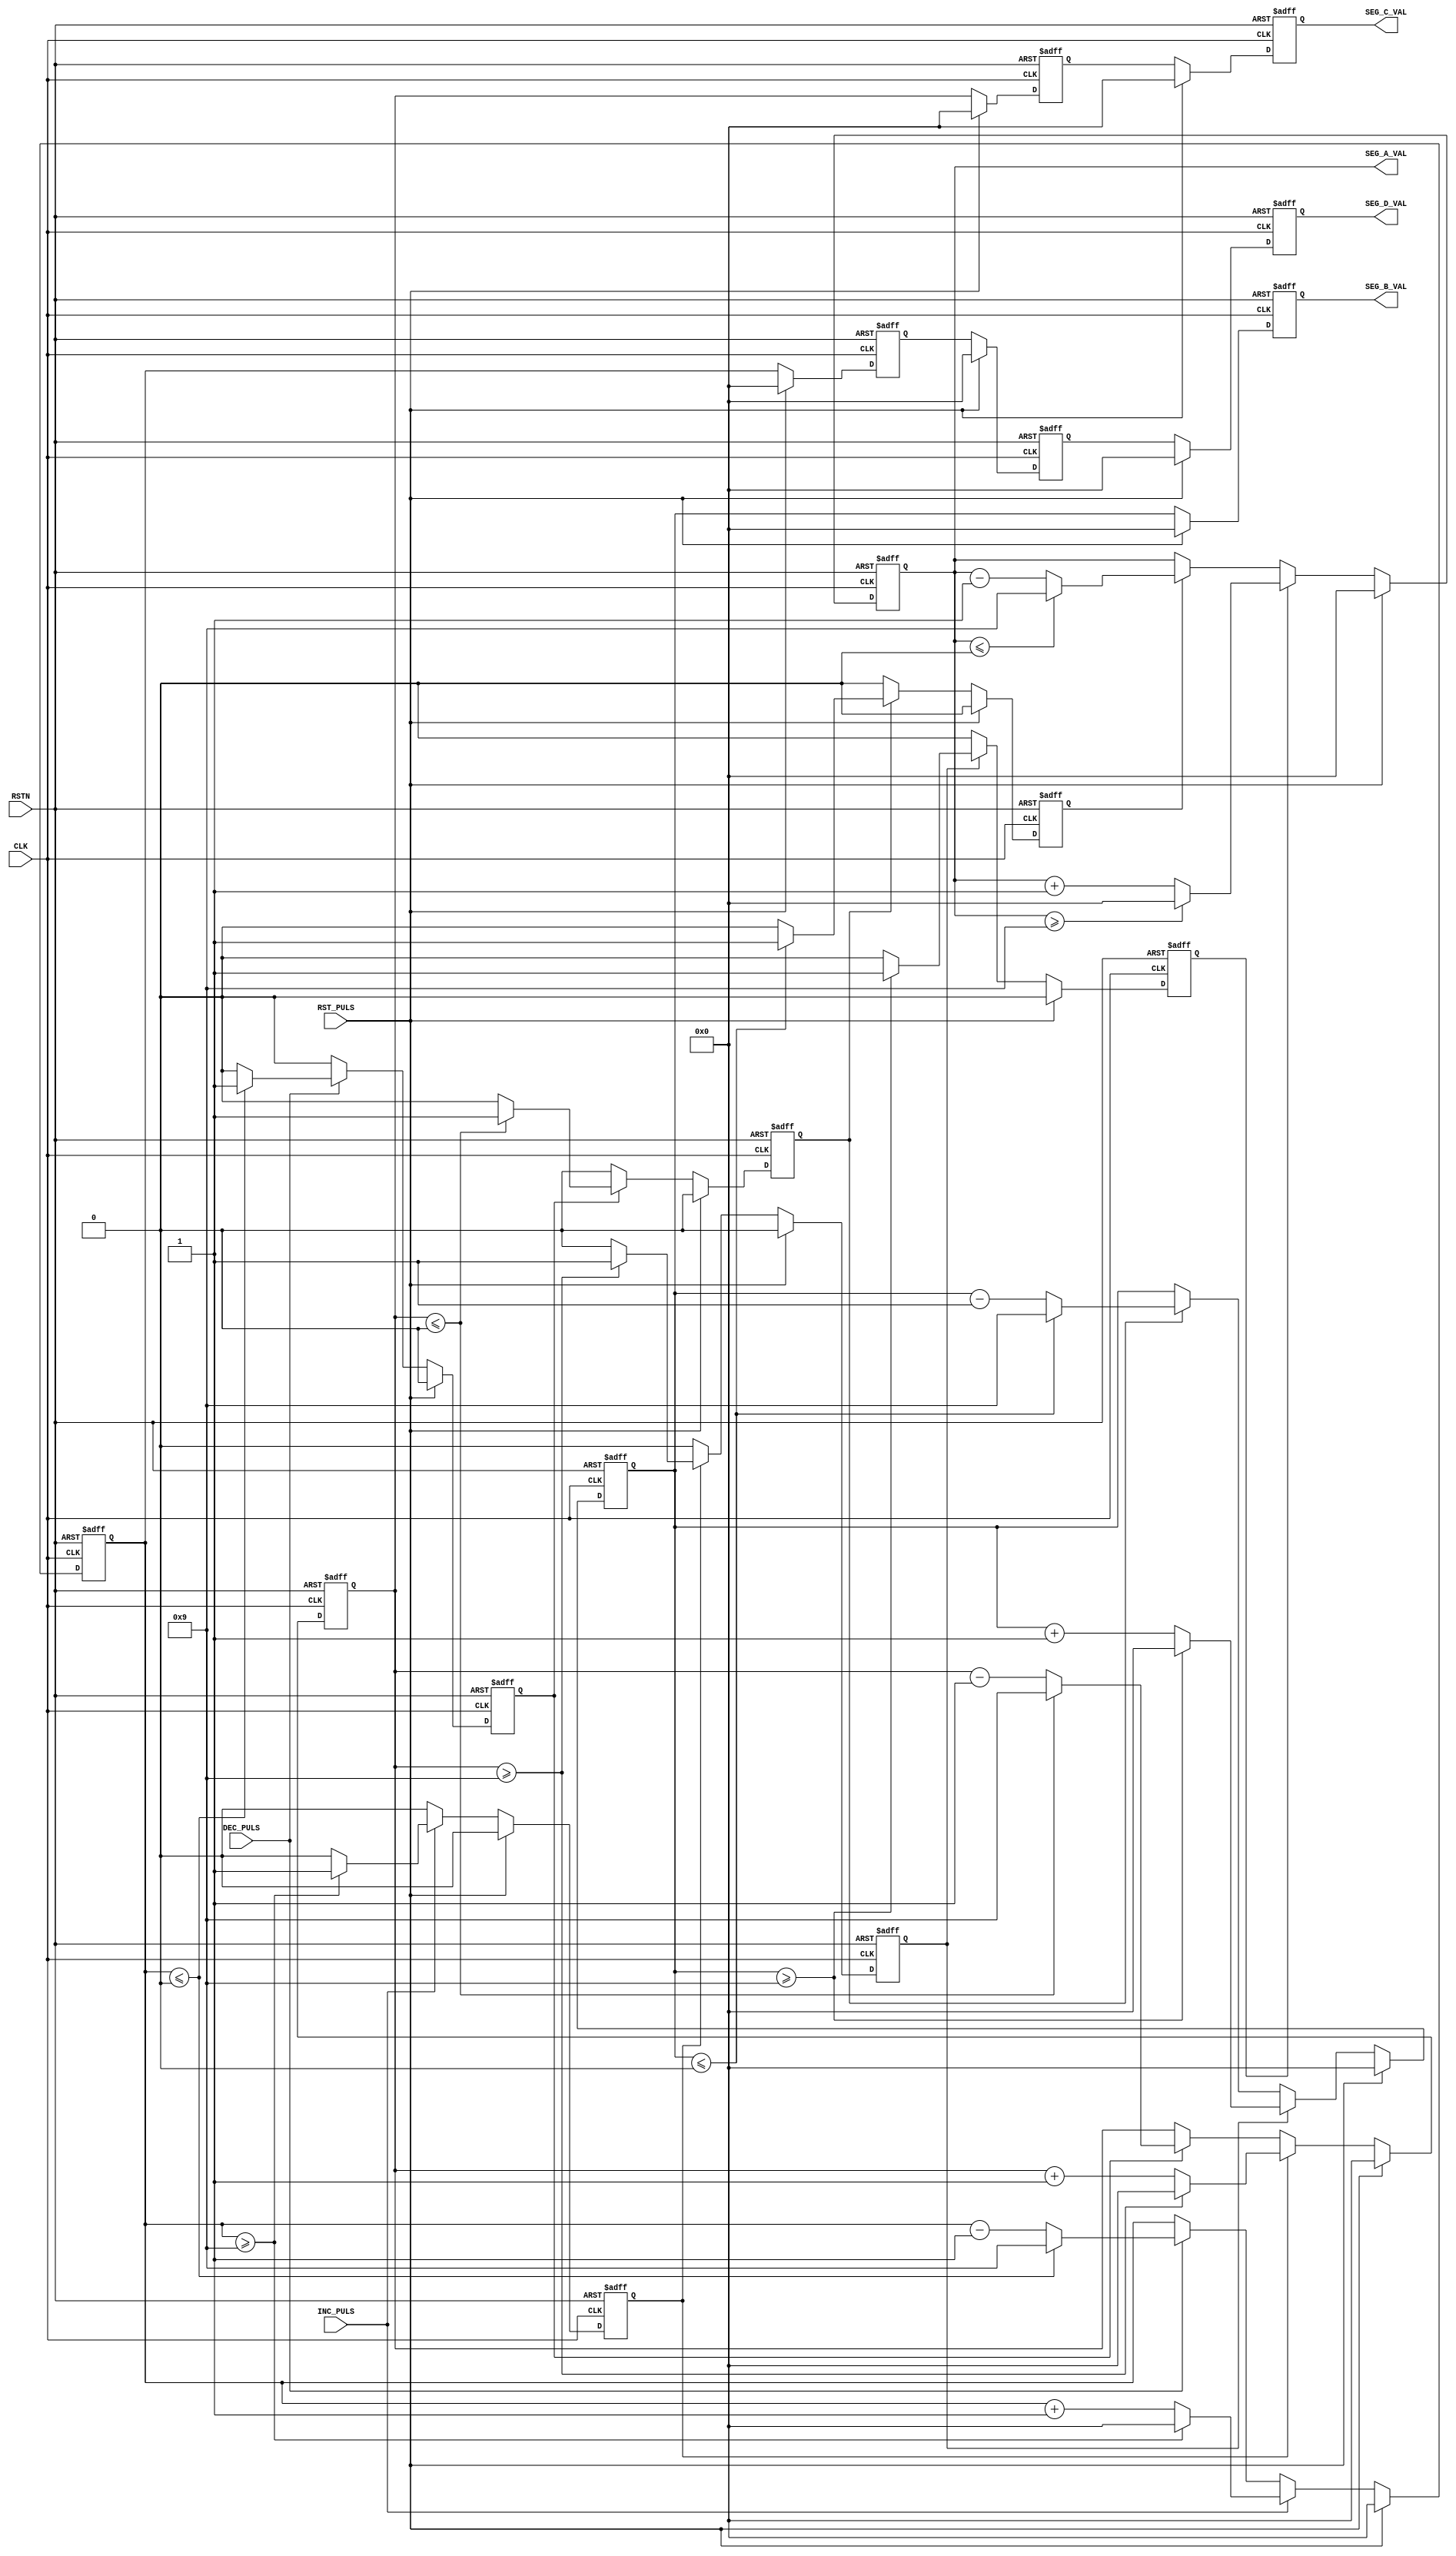
/*------------------------------------------------------------------------------
--      File Name = watch_body.v                                              --
--                                                                            --
--      Design    = StopWatch Main Block                                      --
--                                                                            --
--      Revision  = 1.0         Date: 2012.03.22                              --
------------------------------------------------------------------------------*/   

module watch_body (
  	//input
  	CLK,
  	RSTN,
  	RST_PULS,
	INC_PULS,
	DEC_PULS,

  	//output
  	SEG_A_VAL,
	SEG_B_VAL,
	SEG_C_VAL,
	SEG_D_VAL
);

//--- input --------------------------------------------------------------------
input  CLK;			// Clock 20MHz
input  RSTN;			// System Reset
input  RST_PULS;		// Reset Signal
input  INC_PULS;		// Increment Signal
input  DEC_PULS;		// Decrement Signal

//--- output -------------------------------------------------------------------
output [3:0] SEG_A_VAL,SEG_B_VAL,SEG_C_VAL,SEG_D_VAL;	// 7seg out

//--- reg ----------------------------------------------------------------------
reg  [3:0] COUNT_A, COUNT_B, COUNT_C, COUNT_D;				// Count Register
reg  CARRY_A, CARRY_B, CARRY_C;								// Carry Up Signal
reg  DOWN_A,  DOWN_B,  DOWN_C;								// Carry Down Signal

reg  [3:0] COUNT_A_1D, COUNT_A_2D,COUNT_A_3D;				// Delay Adjustment COUNT_A
reg  [3:0] COUNT_B_1D, COUNT_B_2D;							// Delay Adjustment COUNT_B
reg  [3:0] COUNT_C_1D;										// Delay Adjustment COUNT_C

//****************************** Start of Module ******************************
//-------------------------------------
//  OUTPUT COUNT_A
//-------------------------------------
	always@( posedge CLK or negedge RSTN) begin
  		if( !RSTN )begin
			COUNT_A <= 4'd0;
		end
		else if( RST_PULS == 1'b1 )begin
  			COUNT_A <= 4'd0;
		end

		else if( INC_PULS == 1'b1 )begin
			if( COUNT_A >= 4'd9 )begin
				COUNT_A <= 4'd0;
			end
			else begin
				COUNT_A <= COUNT_A + 4'd1;
			end
		end
		else if( DEC_PULS == 1'b1 )begin
			if( COUNT_A <= 4'd0 )begin
				COUNT_A <= 4'd9;
			end
			else begin
				COUNT_A <= COUNT_A - 4'd1;
			end
		end
		else begin
			COUNT_A <= COUNT_A;
		end
	end
 
//-------------------------------------
//  OUTPUT CARRY_A
//-------------------------------------
	always@( posedge CLK or negedge RSTN) begin
  		if( !RSTN )begin
			CARRY_A <= 1'b0;
		end
		else if( RST_PULS == 1'b1 )begin
  			CARRY_A <= 1'b0;
		end

		else if( INC_PULS == 1'b1 )begin
			if( COUNT_A >= 4'd9 )begin
				CARRY_A <= 1'b1;
			end
			else begin
				CARRY_A <= 1'b0;
			end
		end
		else begin
			CARRY_A <= 1'b0;
		end
	end

//-------------------------------------
//   OUTPUT DOWN_A
//-------------------------------------
	always@( posedge CLK or negedge RSTN) begin
  		if( !RSTN )begin
			DOWN_A <= 1'b0;
		end
		else if( RST_PULS == 1'b1 )begin
  			DOWN_A <= 1'b0;
		end

		else if( DEC_PULS == 1'b1 )begin
			if( COUNT_A <= 4'd0 )begin
				DOWN_A <= 1'b1;
			end
			else begin
				DOWN_A <= 1'b0;
			end
		end
		else begin
			DOWN_A <= 1'b0;
		end
	end	

//-------------------------------------
//   OUTPUT COUNT_B
//-------------------------------------
	always@( posedge CLK or negedge RSTN) begin
  		if( !RSTN )begin
			COUNT_B <= 4'd0;
		end
		else if( RST_PULS == 1'b1 )begin
			COUNT_B <= 4'd0;
		end

		else if( CARRY_A == 1'b1 )begin
			if( COUNT_B >= 4'd9 )begin
				COUNT_B <= 4'd0;
			end
			else begin
				COUNT_B <= COUNT_B + 4'd1;
			end
		end
		else if( DOWN_A == 1'b1 )begin
			if( COUNT_B <= 4'd0 )begin
				COUNT_B <= 4'd9;
			end
			else begin
				COUNT_B <= COUNT_B - 4'd1;
			end
		end
		else begin
			COUNT_B <= COUNT_B;
		end
	end

//-------------------------------------
//   OUTPUT CARRY_B
//-------------------------------------
	always@( posedge CLK or negedge RSTN) begin
  		if( !RSTN )begin
			CARRY_B <= 1'b0;
		end
		else if( RST_PULS == 1'b1 )begin
			CARRY_B <= 1'b0;
		end
		else if( CARRY_A == 1'b1)begin
			if( COUNT_B >= 4'd9 )begin
					CARRY_B <= 1'b1;
			end
			else begin
				CARRY_B <= 1'b0;
			end
		end
		else begin
			CARRY_B <= 1'b0;
		end
	end

//-------------------------------------
//   OUTPUT DOWN_B
//-------------------------------------
	always@( posedge CLK or negedge RSTN) begin
  		if( !RSTN )begin
			DOWN_B <= 1'b0;
		end
		else if( RST_PULS == 1'b1 )begin
			DOWN_B <= 1'b0;
		end
		
		else if( DOWN_A == 1'b1 )begin
			if( COUNT_B <= 4'd0 )begin
				DOWN_B <= 1'b1;
			end
			else begin
				DOWN_B <= 1'b0;
			end
		end
		else begin
			DOWN_B <= 1'b0;
		end
	end

//-------------------------------------
//   OUTPUT COUNT_C
//-------------------------------------
	always@( posedge CLK or negedge RSTN) begin
  		if( !RSTN )begin
			COUNT_C <= 1'b0;
		end
		else if( RST_PULS == 1'b1 )begin
			COUNT_C <= 4'd0;
		end

		else if( CARRY_B == 1'b1 )begin
			if( COUNT_C >= 4'd9 )begin
				COUNT_C <= 4'd0;
			end
			else begin
				COUNT_C <= COUNT_C + 4'd1;
			end
		end
		else if( DOWN_B == 1'b1 )begin
			if( COUNT_C <= 4'd0 )begin
				COUNT_C <= 4'd9;
			end
			else begin
				COUNT_C <= COUNT_C - 4'd1;
			end
		end
		else begin
			COUNT_C <= COUNT_C;
		end
	end

//-------------------------------------
//   OUTPUT CARRY_C
//-------------------------------------
	always@( posedge CLK or negedge RSTN) begin
  		if( !RSTN )begin
			CARRY_C <= 1'b0;
		end
		else if( RST_PULS == 1'b1 )begin
			CARRY_C <= 1'b0;
		end
		
		else if( CARRY_B == 1'b1)begin
			if( COUNT_C >= 4'd9 )begin
					CARRY_C <= 1'b1;
			end
			else begin
				CARRY_C <= 1'b0;
			end
		end
		else begin
			CARRY_C <= 1'b0;
		end
	end

//-------------------------------------
//   OUTPUT DOWN_C
//-------------------------------------
	always@( posedge CLK or negedge RSTN) begin
  		if( !RSTN )begin
			DOWN_C <= 1'b0;
		end
		else if( RST_PULS == 1'b1 )begin
			DOWN_C <= 1'b0;
		end	
		else if( DOWN_B == 1'b1 )begin
			if( COUNT_C <= 4'd0 )begin
				DOWN_C <= 1'b1;
			end
			else begin
				DOWN_C <= 1'b0;
			end
		end
		else begin
			DOWN_C <= 1'b0;
		end
	end
		
//-------------------------------------
//   OUTPUT COUNT_D
//-------------------------------------
	always@( posedge CLK or negedge RSTN) begin
 		if( !RSTN )begin
			COUNT_D <= 4'd0;
		end
		else if( RST_PULS == 1'b1 )begin
			COUNT_D <= 4'd0;
		end
		
		else if( CARRY_C == 1'b1 )begin
			if( COUNT_D >= 4'd9 )begin
				COUNT_D <= 4'd0;
			end
			else begin
				COUNT_D <= COUNT_D + 4'd1;
			end
		end
		else if( DOWN_C == 1'b1 )begin
			if( COUNT_D <= 1'b0 )begin
				COUNT_D <= 4'd9;
			end
			else begin
				COUNT_D <= COUNT_D - 4'd1;
			end
		end
		else begin
			COUNT_D <= COUNT_D;
		end
	end

//-------------------------------------
//   Delay Adjustment
//-------------------------------------
	always@( posedge CLK or negedge RSTN) begin
  		if( !RSTN )begin
			COUNT_A_1D <= 4'd0;
			COUNT_A_2D <= 4'd0;
			COUNT_A_3D <= 4'd0;
		end
		else if( RST_PULS == 1'b1 )begin
			COUNT_A_1D <= 4'd0;
			COUNT_A_2D <= 4'd0;
			COUNT_A_3D <= 4'd0;
		end
		else begin
			COUNT_A_1D <= COUNT_A;
			COUNT_A_2D <= COUNT_A_1D;
			COUNT_A_3D <= COUNT_A_2D;
		end
	end

	always@( posedge CLK or negedge RSTN) begin
  		if( !RSTN )begin
			COUNT_B_1D <= 4'd0;
			COUNT_B_2D <= 4'd0;
		end
		else if( RST_PULS == 1'b1)begin
			COUNT_B_1D <= 4'd0;
			COUNT_B_2D <= 4'd0;
		end
		else begin
			COUNT_B_1D <= COUNT_B;
			COUNT_B_2D <= COUNT_B_1D;
		end
	end

	always@( posedge CLK or negedge RSTN) begin
  		if( !RSTN )begin
			COUNT_C_1D <= 4'd0;
		end
		else if( RST_PULS == 1'b1)begin
			COUNT_C_1D <= 4'd0;
		end
		else begin
			COUNT_C_1D <= COUNT_C;
		end
	end

assign SEG_D_VAL = COUNT_A_3D;
assign SEG_C_VAL = COUNT_B_2D;
assign SEG_B_VAL = COUNT_C_1D;
assign SEG_A_VAL = COUNT_D;

endmodule